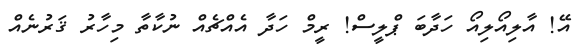
އޭ! އާލިއޯލިއޯ ހަދާބަ ޕްލީސް! ރީމް ހަދާ އެއްޗެއް ނުކާތާ މިހާރު ޤަރުނެއް